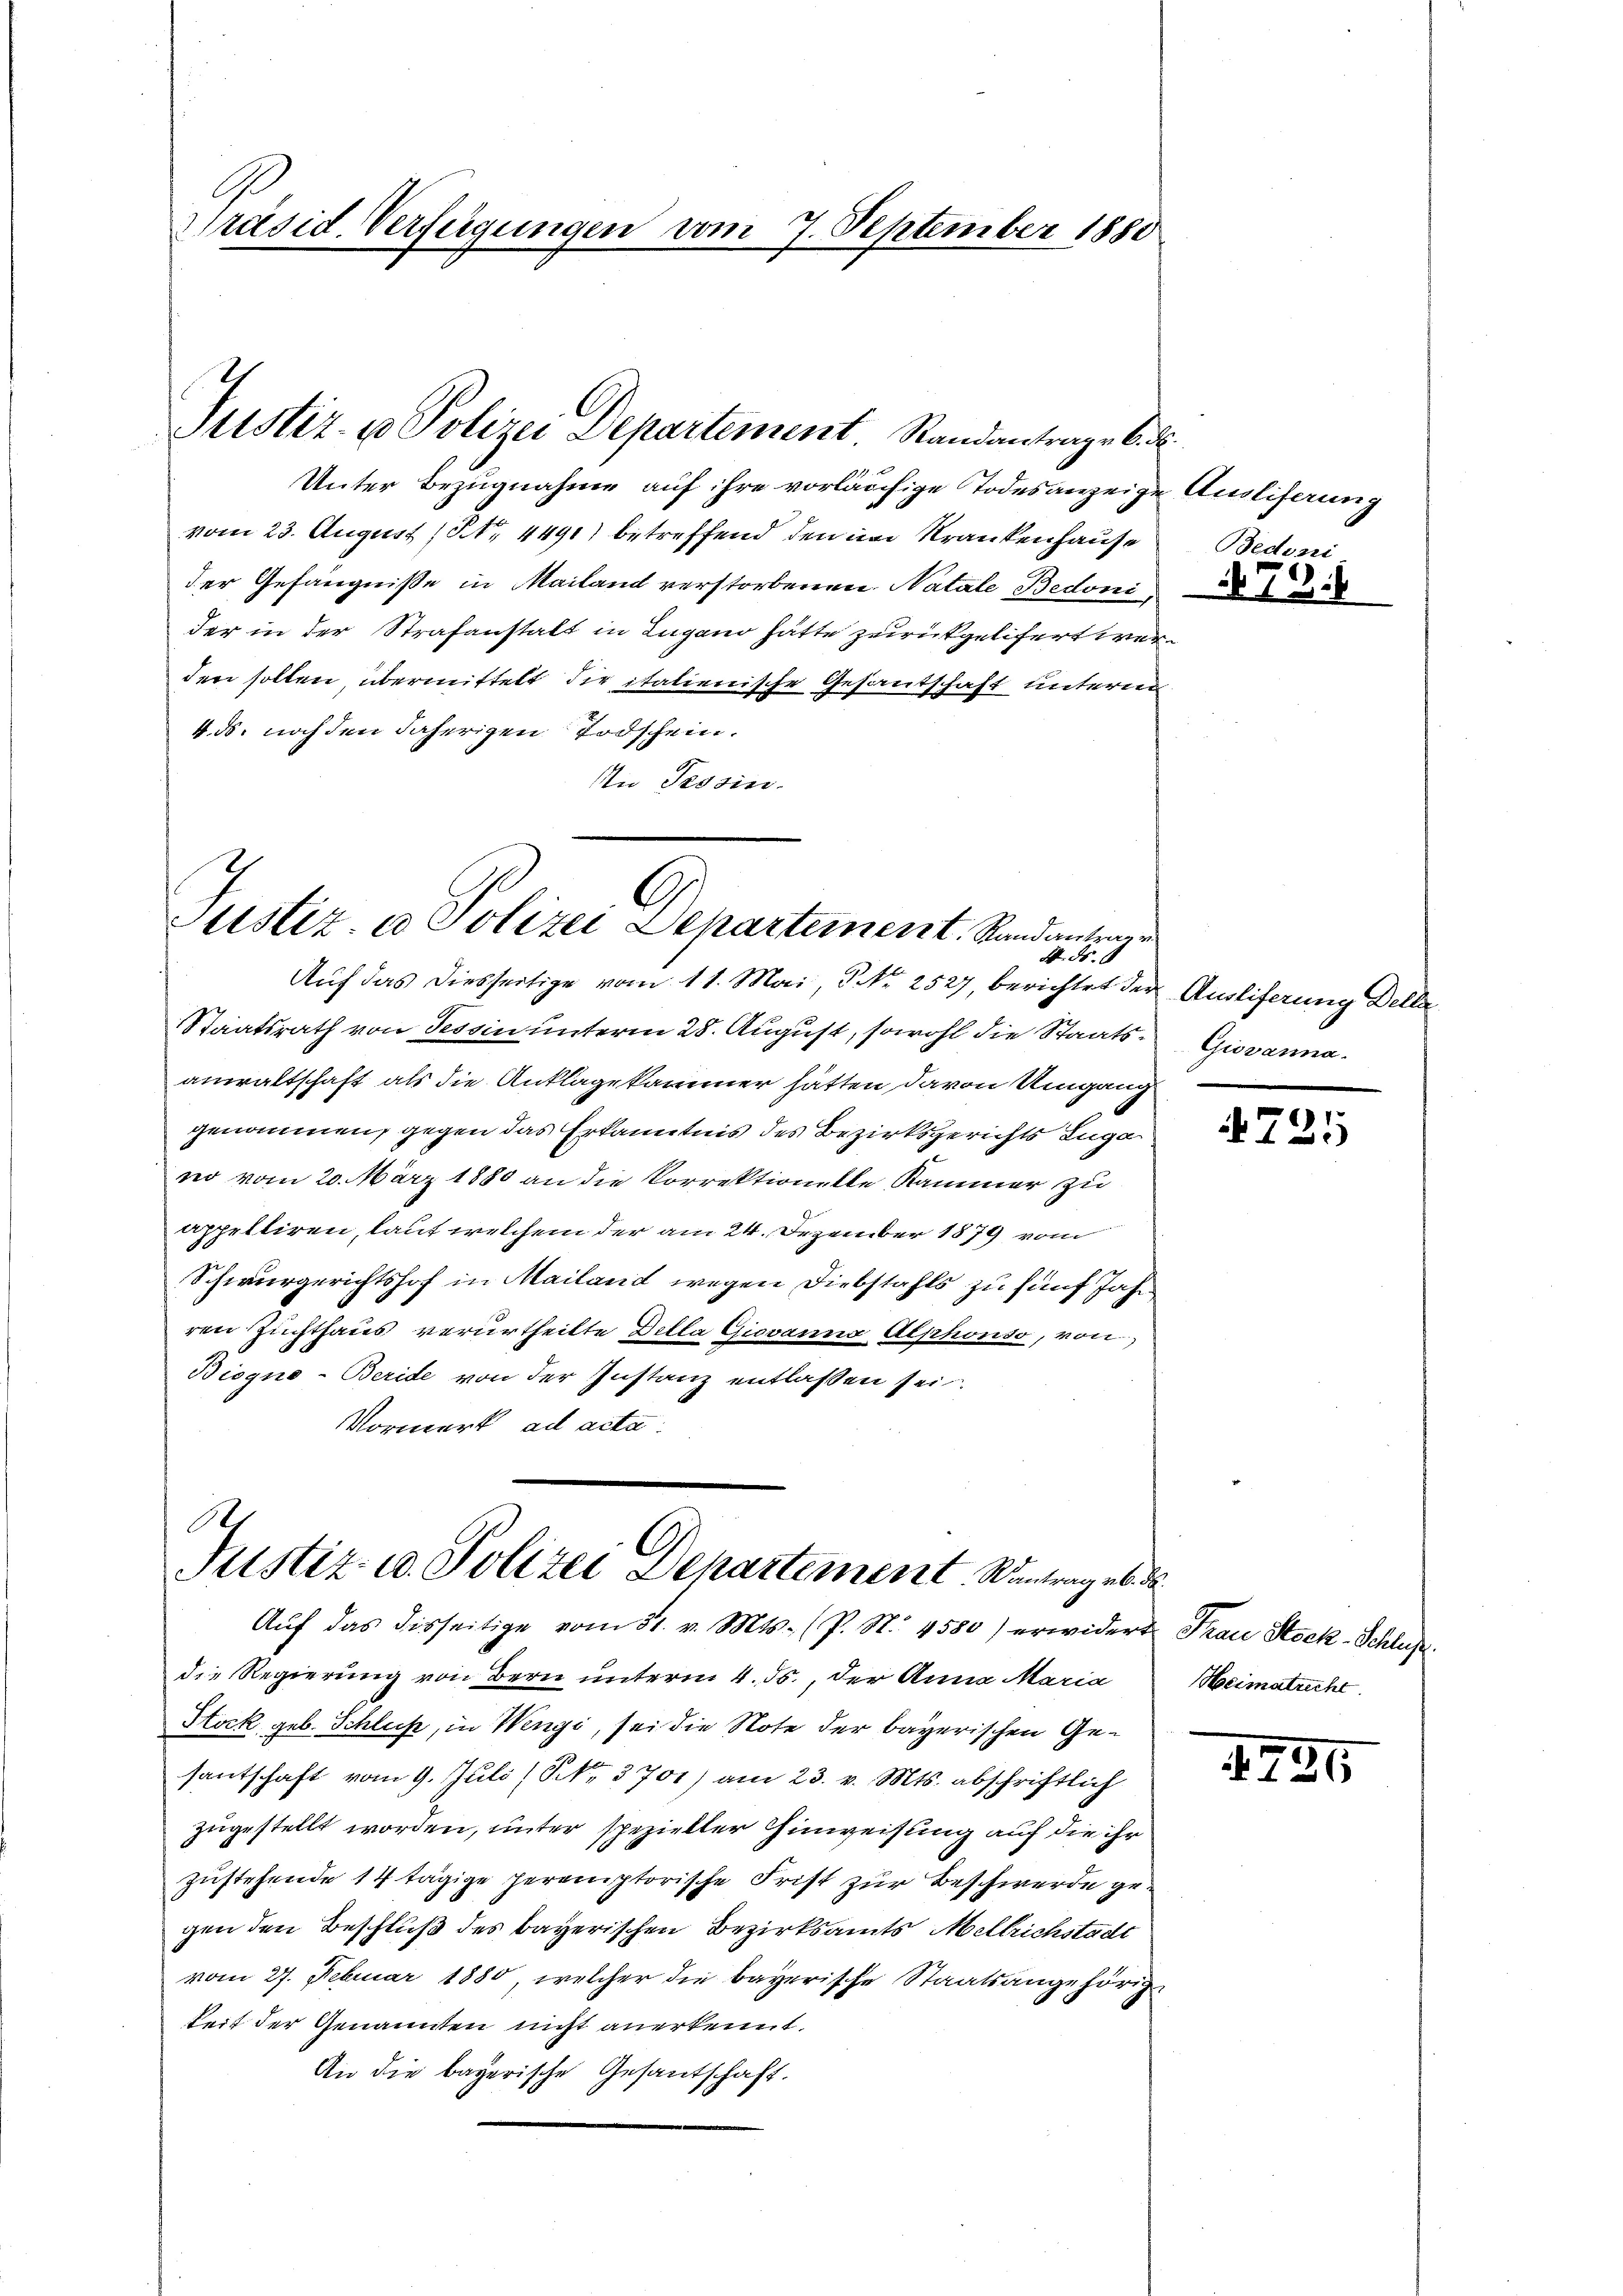
Präsid. Verfügungen vom 7. September 1880

Justiz- u Polizei Departement. Standantrage b. d.

Unter Bezugnahme auf ihre vorläufige Todesanzeige Ausliferung
vom 23. August ( No. 4491) betreffend den in Krankenhause
der Gefängniße in Mailand verstorbenen Natale Bedonider in der Strafanstatt in Lugano hätte zurückgelitert werden sollen, übermittelt die italienische Gesandschaft unterren
4. ds. noch den daherigen Todschein.
An Tessin.

C
Justiz- u Polizei Departement. Randantrage
4 Fr.

Auf das diesseitige vom 11. Mai, No 2527, berichtet der Auslieferung Belle
Staatsrath von Tessin unterm 28. August, sowohl die Staats- Giovanna.
anwaltschaft als die Anklage kammer hätten davon Umganggenommen, gegen das Erkanntnis des Bezirksgerichts Luga
no vom 20. März 1880 an die Korrektionelle Kammer zu
appelliren, laut welchem der am 24. Dezember 1879 vom
Schwurgerichtshof in Mailand wegen Diebstahls zu fünf Jahr
ren Zuchthaus verurtheilte Della Giovanna Alphonso, von
Biogno-Beride von der Instanz entlassen sei.
Vormerk ad acta.

A.
Justiz- u. Polizei Departement Kantrag es de
Aŭf das disseitige vom 31. v. Mts. (P. S. 4580) erwidert Frau Stock-Schluß

die Regierung von Bern unterm 4. ds., der Anna Maria
Stock geb. Schluß, in Wengi, sei die Note der bayerischen Gesantschaft vom 9. Juli (NNo. 3701) am 23. v. Mts. abschriftlich
zugestellt worden, unter spezieller Hinweisung auf die ihr
zustehende 14 tägige peremptorische Frist zur Beschwerde gegen den Beschluß des bayerischen Bezirksamts Mellrichstadt
vom 27. Februar 1880, welcher die bayerische Staatsangehörig
keit der Genannten nicht anerkennt.
An die bayerische Gesantschaft.

Bedoni

791

4725

Heimatricht

1726